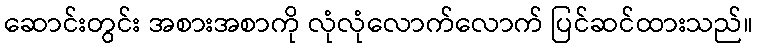
ဆောင်းတွင်း အစားအစာကို လုံလုံလောက်လောက် ပြင်ဆင်ထားသည်။